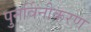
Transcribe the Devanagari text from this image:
पुनर्विनीकरण